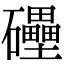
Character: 𥗬